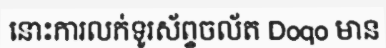
នោះការលក់ទូរស័ព្ទចល័ត Doqo មាន